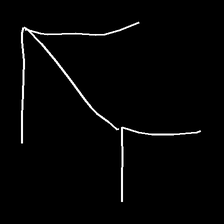
Glyph: gather